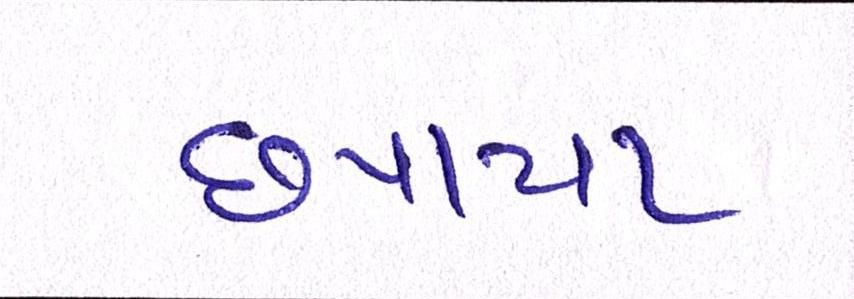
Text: છપાયા